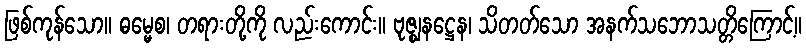
ဖြစ်ကုန်သော။ ဓမ္မေစ၊ တရားတို့ကို လည်းကောင်း။ ဗုဇ္ဈနဋ္ဌေန၊ သိတတ်သော အနက်သဘောသတ္တိကြောင့်။